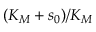
( K _ { M } + s _ { 0 } ) / K _ { M }